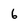
Character: 6